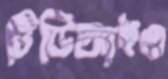
টিডিআইও